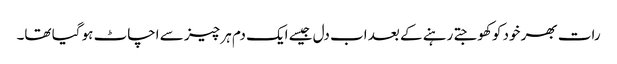
رات بھر خود کو کھوجتے رہنے کے بعد اب دل جیسے ایک دم ہر چیز سے اچاٹ ہو گیا تھا۔